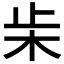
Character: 𣏔